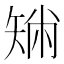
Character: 𥏟